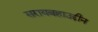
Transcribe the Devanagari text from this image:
सरायबहाउद्दीन